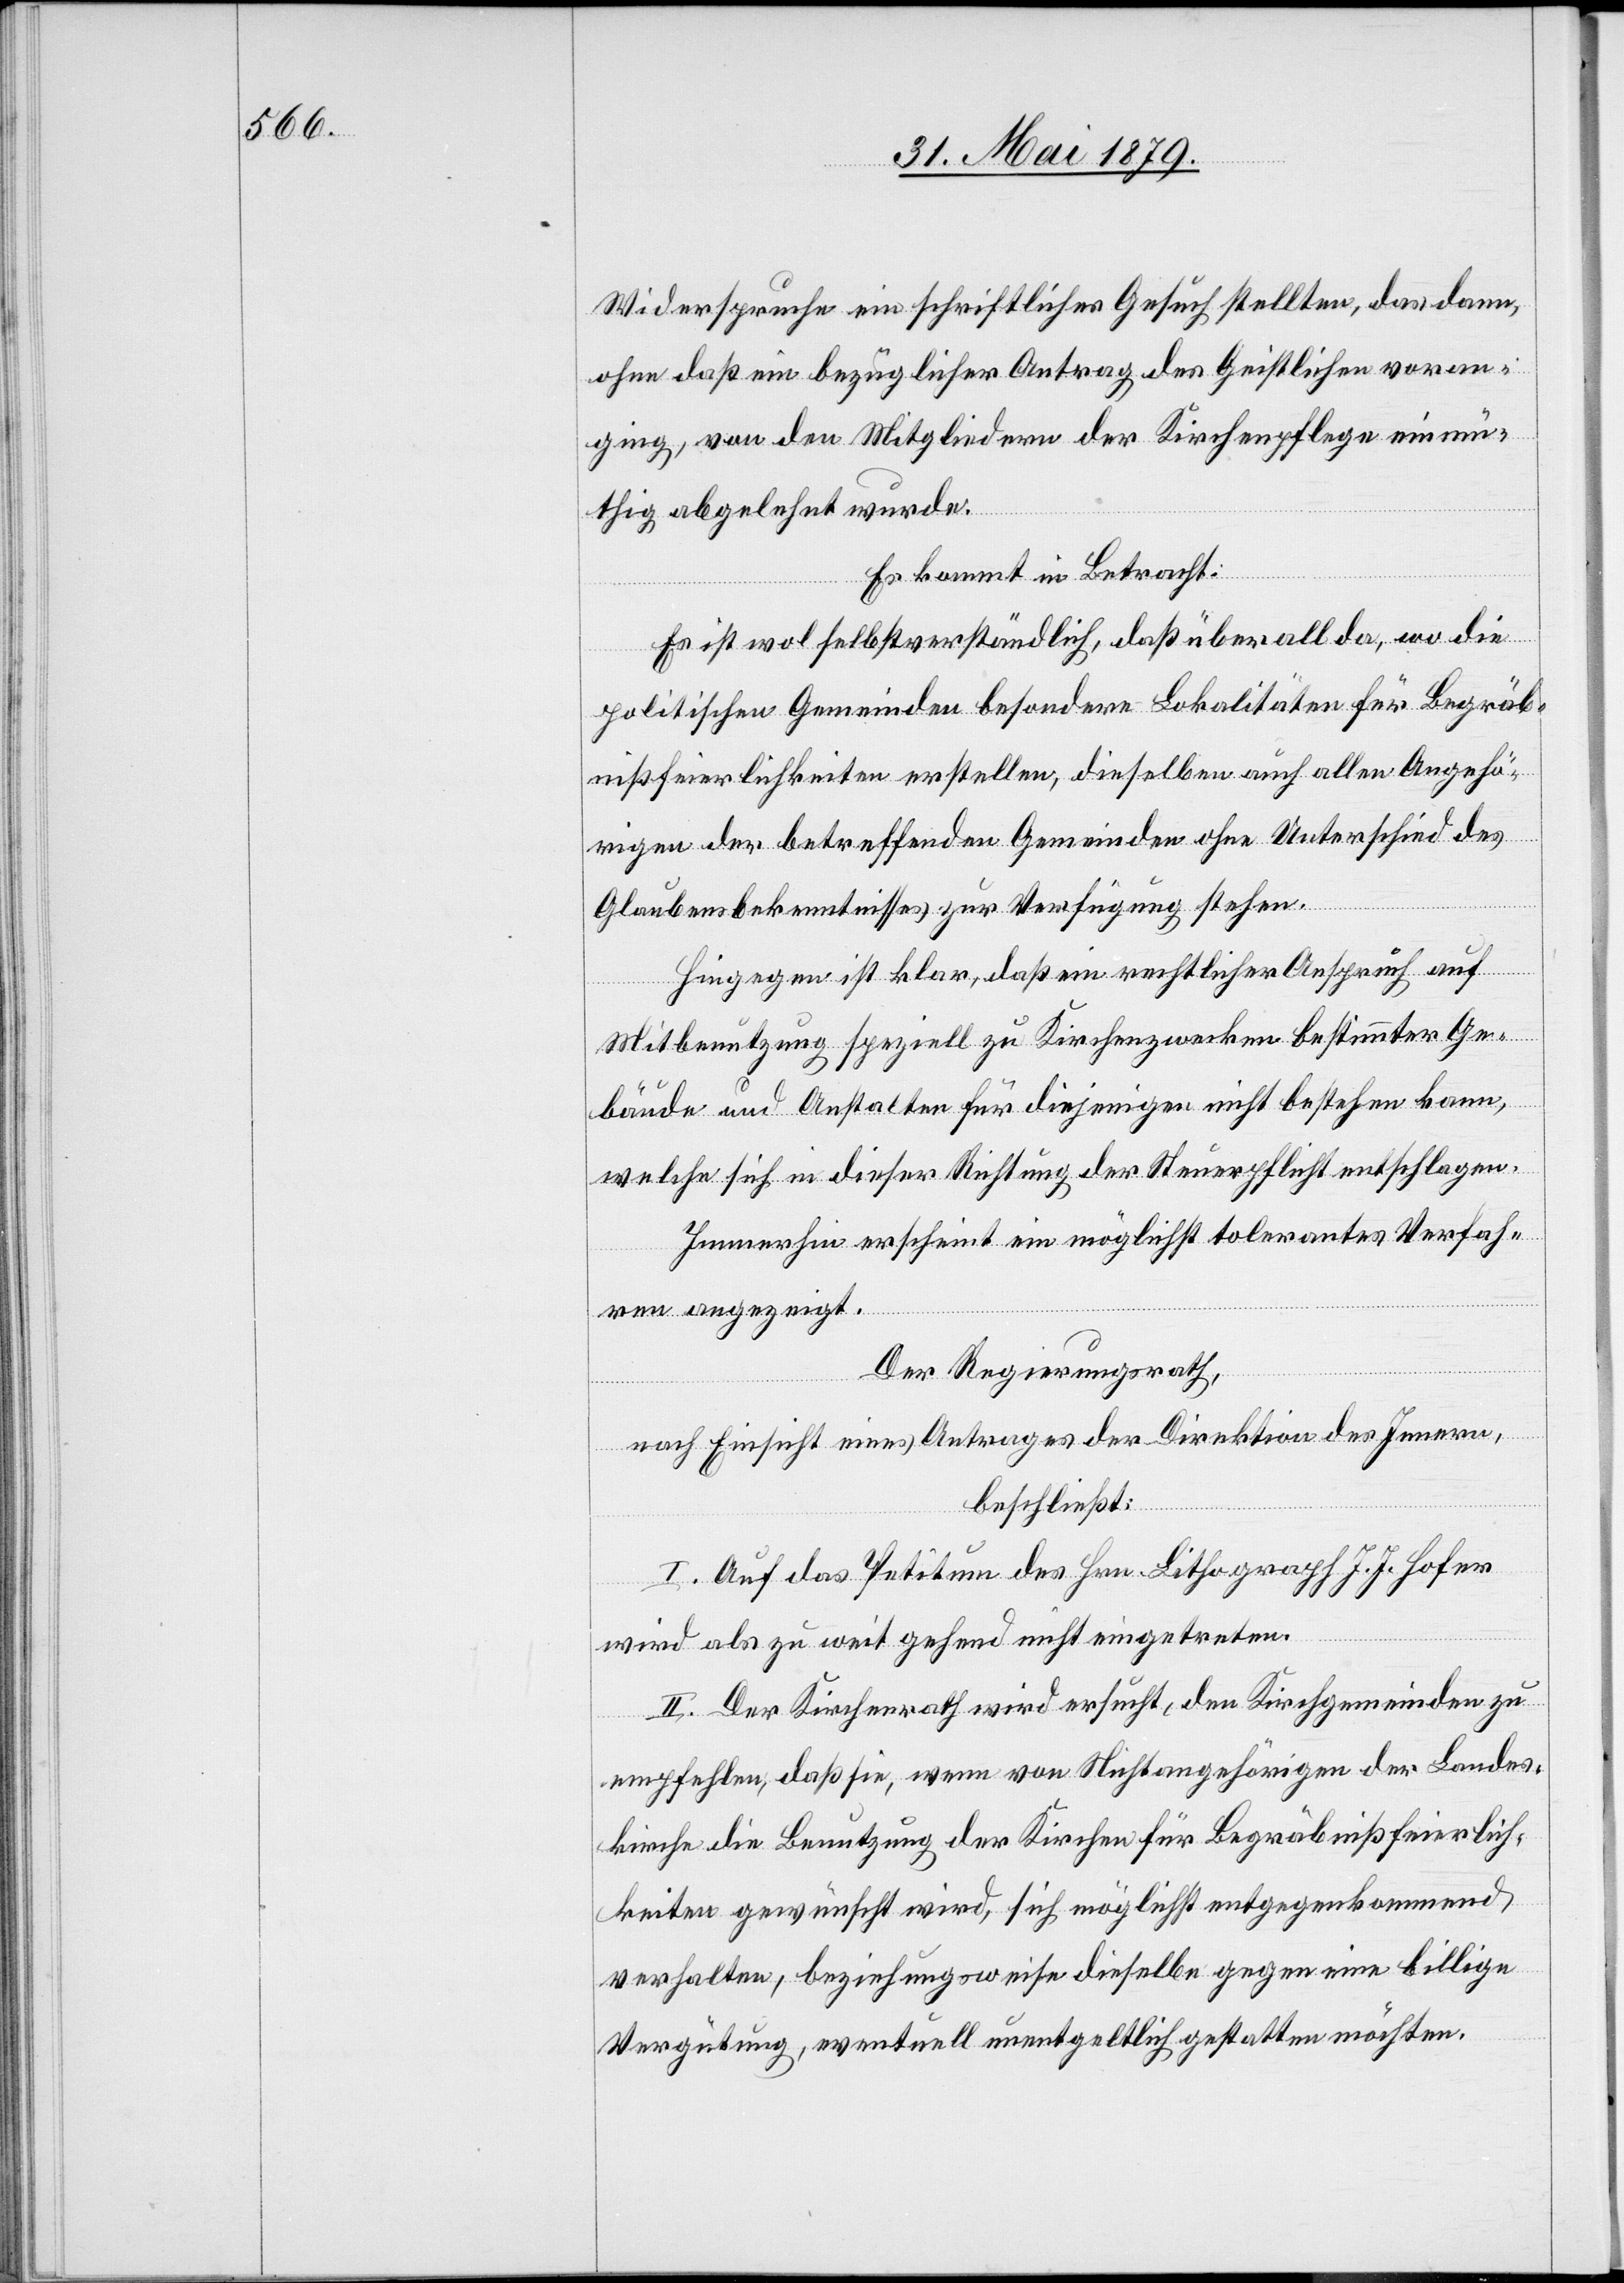
Widerspruche ein schriftliches Gesuch stellten, das dann,
ohne daß ein bezüglicher Antrag des Geistlichen voran¬
ging, von den Mitgliedern der Kirchenpflege einmü¬
thig abgelehnt wurde.
Es kommt in Betracht:
Es ist wol selbstverständlich, daß überall da, wo die
politischen Gemeinden besondere Lokalitäten für Begräb¬
nißfeierlichkeiten erstellen, dieselben auch allen Angehö¬
rigen der betreffenden Gemeinden ohne Unterschied des
Glaubensbekenntnisses zur Verfügung stehen.
Hingegen ist klar, daß ein rechtlicher Anspruch auf
Mitbenutzung speziell zu Kirchenzwecken bestimmter Ge¬
bäude und Anstalten für diejenigen nicht bestehen kann,
welche sich in dieser Richtung der Steuerpflicht entschlagen.
Immerhin erscheint ein möglichst tolerantes Verfah¬
ren angezeigt.
Der Regierungsrath,
nach Einsicht eines Antrages der Direktion des Innern,
beschließt:
I. Auf das Petitum des Hrn. Lithograph J. J. Hofer
wird als zu weit gehend nicht eingetreten.
II. Der Kirchenrath wird ersucht, den Kirchgemeinden zu
empfehlen, daß sie, wenn von Nichtangehörigen der Landes¬
kirche die Benutzung der Kirchen für Begräbnißfeierlich¬
keiten gewünscht wird, sich möglichst entgegenkommend
verhalten, beziehungsweise dieselbe gegen eine billige
Vergütung, eventuell unentgeltlich gestatten möchten.